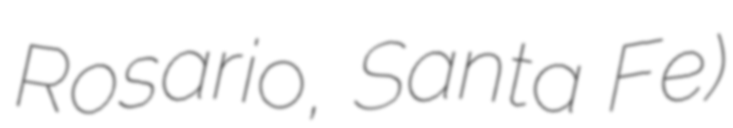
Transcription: Rosario, Santa Fe)